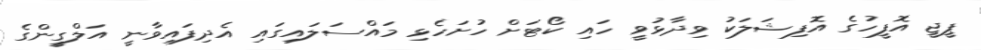
ޕީޖީ އޮފީހުގެ އޮފިޝަލަކު ވިދާޅުވީ ހައި ކޯޓަށް ހުށަހެޅި މައްސަލައިގައި އެދިފައިވާނީ އަލްގީންގެ